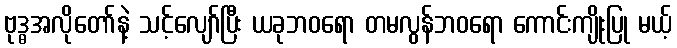
ဗုဒ္ဓအလိုတော်နဲ့ သင့်လျော်ပြီး ယခုဘဝရော တမလွန်ဘဝရော ကောင်းကျိုးပြု မယ့်